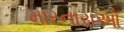
મારનારાઓ